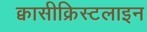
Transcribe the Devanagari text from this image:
क्वासीक्रिस्टलाइन